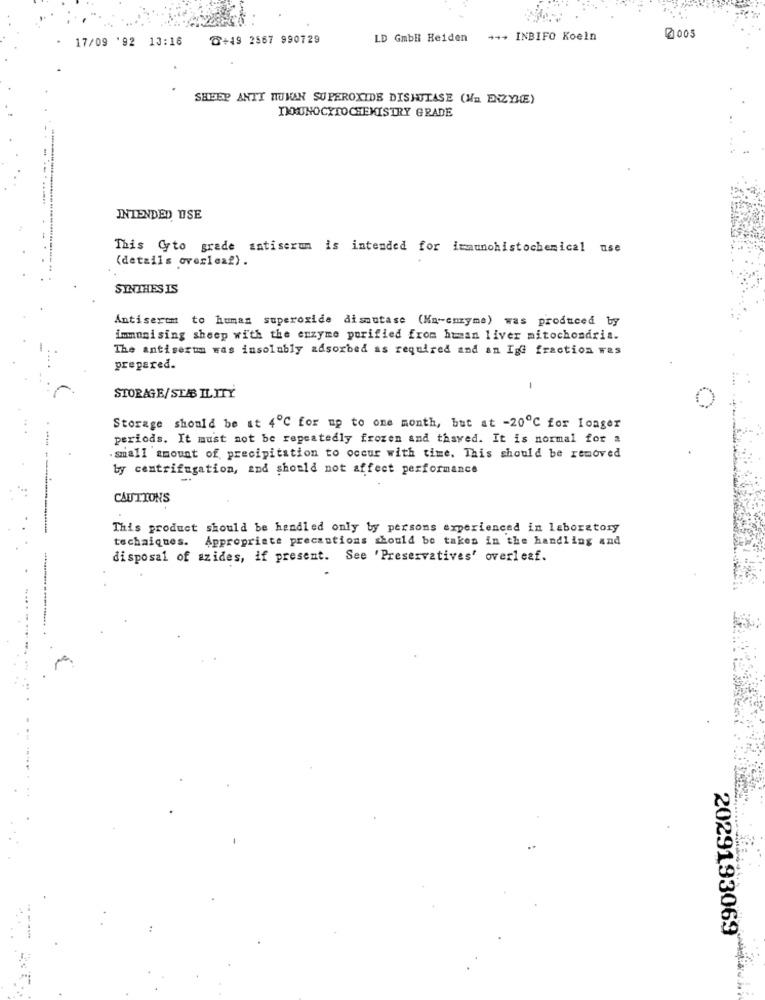
17/09 '92 13:16
D+19 2567 990729
LD Gmbil Heiden
*** INBIFO Koeln
@ 005
SHEEP ANTI HUMAN SUPEROXIDE DISHITASE (Na ENZYME)
INMUNOCYTOCHEMISTRY GRADE
INTENDED USE
This Cyto grade antiserum is intended for immunohistochemical use
(details overleaf).
SINTHES IS
Antiserem to human superoxide dismutase (Ma-enzyme) was produced by
immunising sheep with the enzyme purified from human liver mitochondria.
The antiserum was insolubly adsorbed as required and an IgG fraction was
prepared.
STORAGE/STABILITY
Storage should be at 4℃ for up to one month, but at -20℃ for Ioager
periods. It must not be repeatedly frozen and thawed. It is normal for a
. small amount of precipitation to occur with time. This should be removed
by centrifugation, and should not affect performance
CAUTIONS
This product should be handled only by persons experienced in laboratory
techaiques. Appropriate precautions should be taken in the handling and
disposal of azides, if present. See 'Preservatives' overleaf.
2029193069